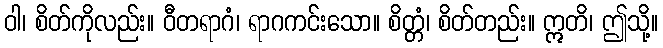
ဝါ၊ စိတ်ကိုလည်း။ ဝီတရာဂံ၊ ရာဂကင်းသော။ စိတ္တံ၊ စိတ်တည်း။ ဣတိ၊ ဤသို့။